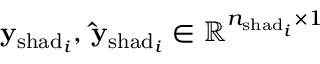
\mathbf { y } _ { \mathrm { s h a d } _ { i } } , \, \mathbf { \hat { y } } _ { \mathrm { s h a d } _ { i } } \in \mathbb { R } ^ { n _ { \mathrm { s h a d } _ { i } } \times 1 }